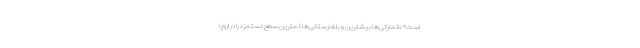
است؟ دانمارکی‌ها بیشترین و بلغارستانی‌ها کمترین سطح دستمزد را در اروپا